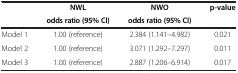
| <ROWSPAN=2>  | NWL | NWO | <ROWSPAN=2> p-value |
 | odds ratio (95% CI) | odds ratio (95% CI) |
 | --- | --- | --- | --- |
 | Model 1 | 1.00 (reference) | 2.384 (1.141–4.982) | 0.021 |
 | Model 2 | 1.00 (reference) | 3.071 (1.292–7.297) | 0.011 |
 | Model 3 | 1.00 (reference) | 2.887 (1.206–6.914) | 0.017 |